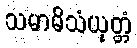
သမာဓိသံယုတ္တံ